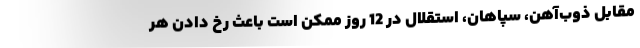
مقابل ذوب‌آهن، سپاهان، استقلال در 12 روز ممکن است باعث رخ دادن هر